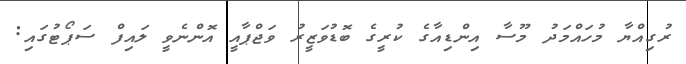
ރުގިއްޔާ މުހައްމަދު މޫސާ އިންޑިއާގެ ކުރީގެ ބޮޑުވަޒީރު ވަޖްޕާއީ އޮންނެވީ ލައިފް ސަޕޯޓުގައި: